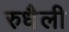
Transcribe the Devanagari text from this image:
रुधैली